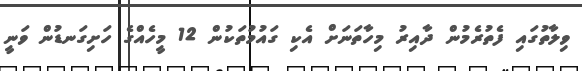
ވިލާތުގައި ފެތުރެމުން ދާއިރު މިހާތަނަށް އެކި ގައުމުތަކުން 12 މީހެއްގެ ހަށިގަނޑުން ވަނީ